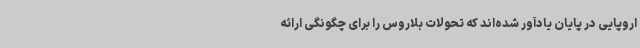
اروپایی در پایان یادآور شده‌اند که تحولات بلاروس را برای چگونگی ارائه